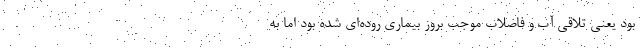
بود یعنی تلاقی آب و فاضلاب موجب بروز بیماری روده‌ای شده بود اما به